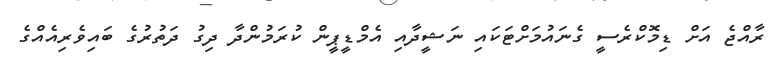
ރާއްޖެ އަށް ޑިމޮކްރެސީ ގެނައުމަށްޓަކައި ނަޝީދާއި އެމްޑީޕީން ކުރަމުންދާ ދިގު ދަތުރުގެ ބައިވެރިއެއްގެ